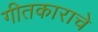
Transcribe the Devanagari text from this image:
गीतकाराचे